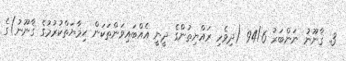
3. ޤާނޫނު ނަންބަރު 94/6 (ދިވެހި ރައްޔިތުންގެ ދީނީ އެއްބައިވަންތަކަން ޙިމާޔަތްކުރުމުގެ ޤާނޫނު)ގެ